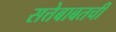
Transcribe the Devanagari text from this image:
सत्तेबाबतची